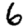
Digit: 6